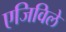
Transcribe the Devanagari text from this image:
एजिविले